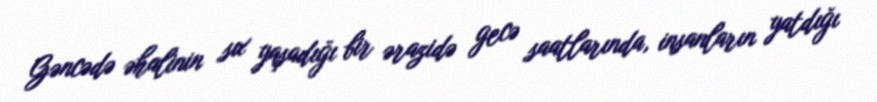
Gəncədə əhalinin sıx yaşadığı bir ərazidə gecə saatlarında, insanların yatdığı